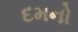
દમનો